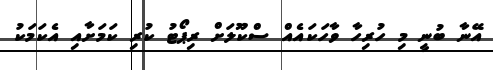
އޭނާ ބުނީ މި ހުރިހާ ވާހަކައެއް ސްކޫލަށް ރިޕޯޓު ކުރި ކަމަށާއި އެކަމަކު